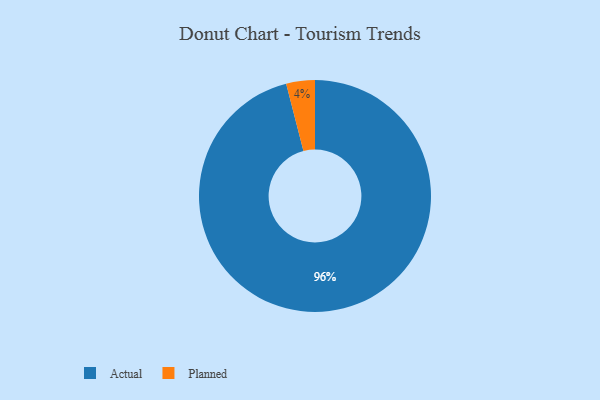
{"axis": {"x": "Category", "y": "Percentage"}, "legend": ["Actual", "Planned"], "data": [{"x": "Actual", "y": 96, "type": "Actual"}, {"x": "Planned", "y": 4, "type": "Planned"}]}